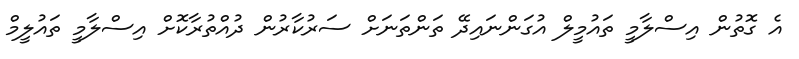
އެ ގޮތުން އިސްލާމީ ތައުމީލް އުގަންނައިދޭ ތަންތަނަށް ސަރުކާރުން ދުއްތުރާކޮށް އިސްލާމީ ތައުލީމް